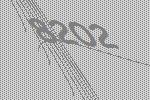
8202